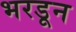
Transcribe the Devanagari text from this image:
भरडून